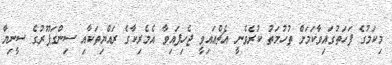
މިކަމުގެ ފަހަތުގައިވާކަމަށް ތުހުމަތު ކުރެވެނީ އެޗްއައިވީ ޖެހިފައިވާ އެމެރިކާގެ ރައްޔިތަކާއި ސިންގަޕޫރުގެ ސީނިޔާ